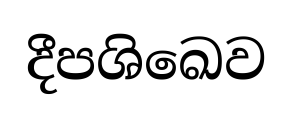
දීපශිඛෙව